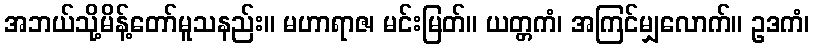
အဘယ်သို့မိန့်တော်မူသနည်း။ မဟာရာဇ၊ မင်းမြတ်။ ယတ္တကံ၊ အကြင်မျှလောက်။ ဥဒကံ၊